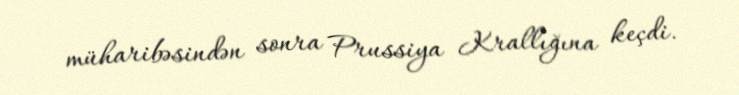
müharibəsindən sonra Prussiya Krallığına keçdi.